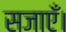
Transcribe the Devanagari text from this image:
सजाएँ।